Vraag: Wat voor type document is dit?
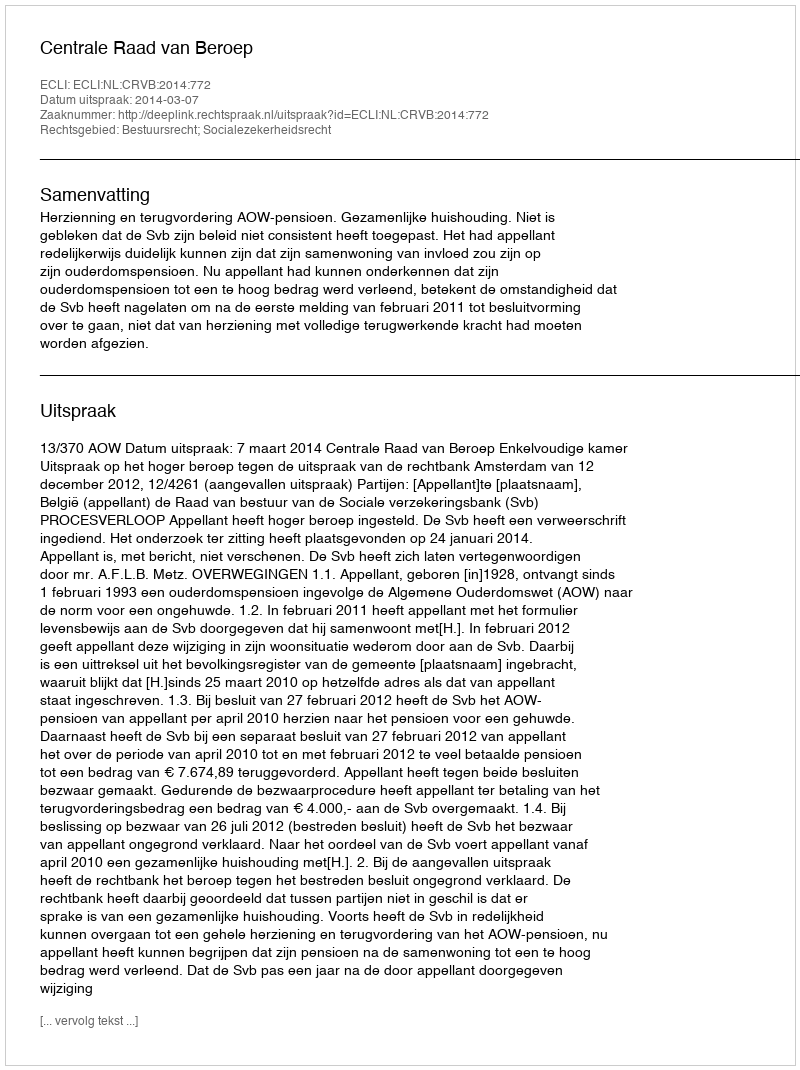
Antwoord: Uitspraak